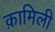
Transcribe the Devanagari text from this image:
क़ामिली